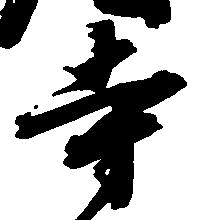
寺